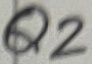
Text: Q2